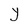
Character: Y